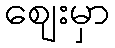
ဈေးမှာ